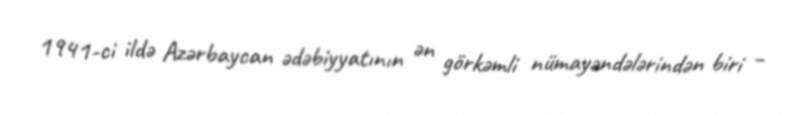
1941-ci ildə Azərbaycan ədəbiyyatının ən görkəmli nümayəndələrindən biri –